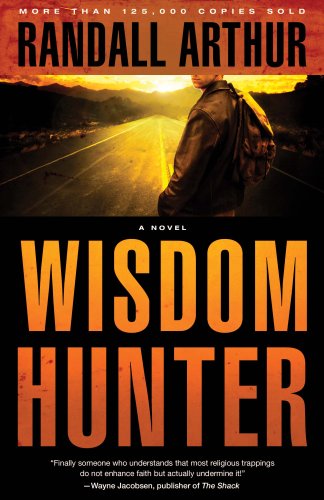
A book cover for Wisdom Hunter: A Novel; Randall Arthur; Religion & Spirituality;